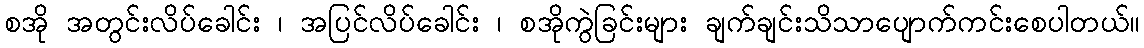
စအို အတွင်းလိပ်ခေါင်း ၊ အပြင်လိပ်ခေါင်း ၊ စအိုကွဲခြင်းများ ချက်ချင်းသိသာပျောက်ကင်းစေပါတယ်။